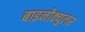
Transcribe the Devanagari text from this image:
बाइनोक्युलर